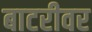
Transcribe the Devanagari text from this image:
बाटरीवर